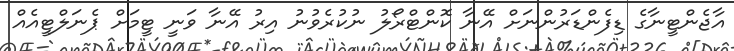
އާޖެންޓީނާގެ ޑިފެންޑަރުންނަށް އޭނާ ކޮންޓްރޯލު ނުކުރެވުނު އިރު އޭނާ ވަނީ ޓީމަށް ޕެނަލްޓީއެއް